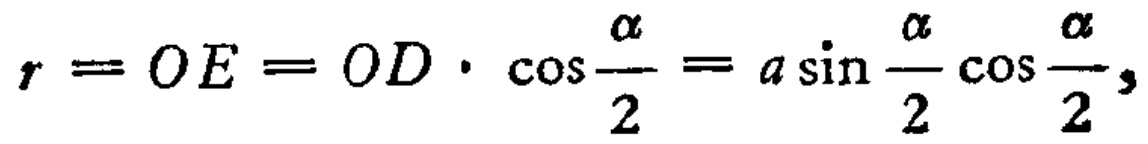
\(r = OE = OD\cdot\cos\frac{\alpha}{2}=a\sin\frac{\alpha}{2}\cos\frac{\alpha}{2},\)